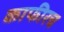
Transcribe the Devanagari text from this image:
काफीरच